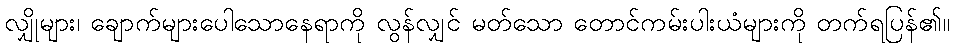
လျှိုများ၊ ချောက်များပေါသောနေရာကို လွန်လျှင် မတ်သော တောင်ကမ်းပါးယံများကို တက်ရပြန်၏။